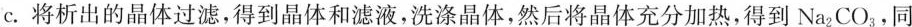
c.将析出的晶体过滤，得到晶体和滤液，洗涤晶体，然后将晶体充分加热，得到Na_{2}CO_{3}，同